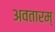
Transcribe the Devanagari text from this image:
अवतारम्